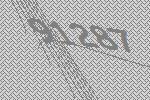
91287